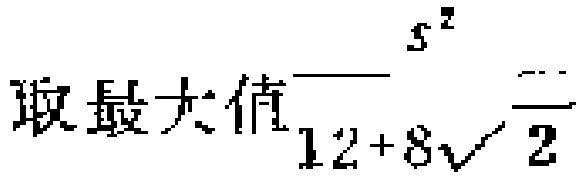
取最大值\(12 + 8\sqrt{2}\)